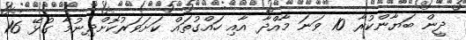
ދީން ބަޔާންކުރާ 10 ވަނަ މާއްދާ އާއި ހައްގުތައް ކަށަވަރުކޮށްދިނުމާ ގުޅޭ 16